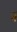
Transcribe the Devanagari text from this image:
भें